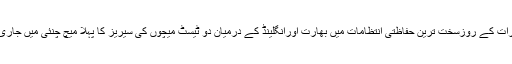
جمعرات کے روزسخت ترین حفاظتی انتظامات میں بھارت اورانگلینڈ کے درمیان دو ٹیسٹ میچوں کی سیریز کا پہلا میچ چنئی میں جاری ہے۔